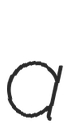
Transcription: a